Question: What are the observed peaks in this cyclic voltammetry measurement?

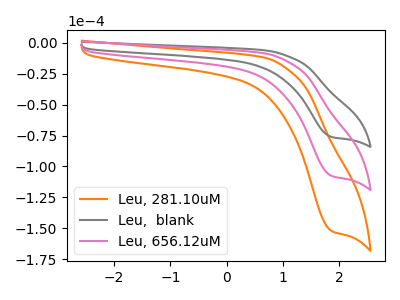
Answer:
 <answer>The orange curve "Leu, 281.10uM" has a cathodic peak at: (1.90V, -215.60uA). The gray curve "Leu,  blank" has a cathodic peak at: (1.90V, -76.25uA). The pink curve "Leu, 656.12uM" has a cathodic peak at: (1.90V, -107.80uA).</answer>
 <eval></eval>